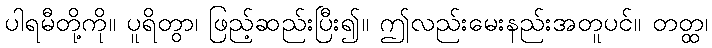
ပါရမီတို့ကို။ ပူရိတွာ၊ ဖြည့်ဆည်းပြီး၍။ ဤလည်းမေးနည်းအတူပင်။ တတ္ထ၊